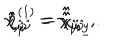
\hat { \chi } _ { \hat { \mu } \hat { \nu } } = \hat { \hat { \chi } } _ { \hat { \mu } \hat { \nu } } \, , \hspace { 1 c m } \hat { \eta } _ { \hat { \mu } } ^ { ( 1 ) } = \hat { \hat { \chi } } _ { \hat { \mu } \underline { { { y } } } } \, .